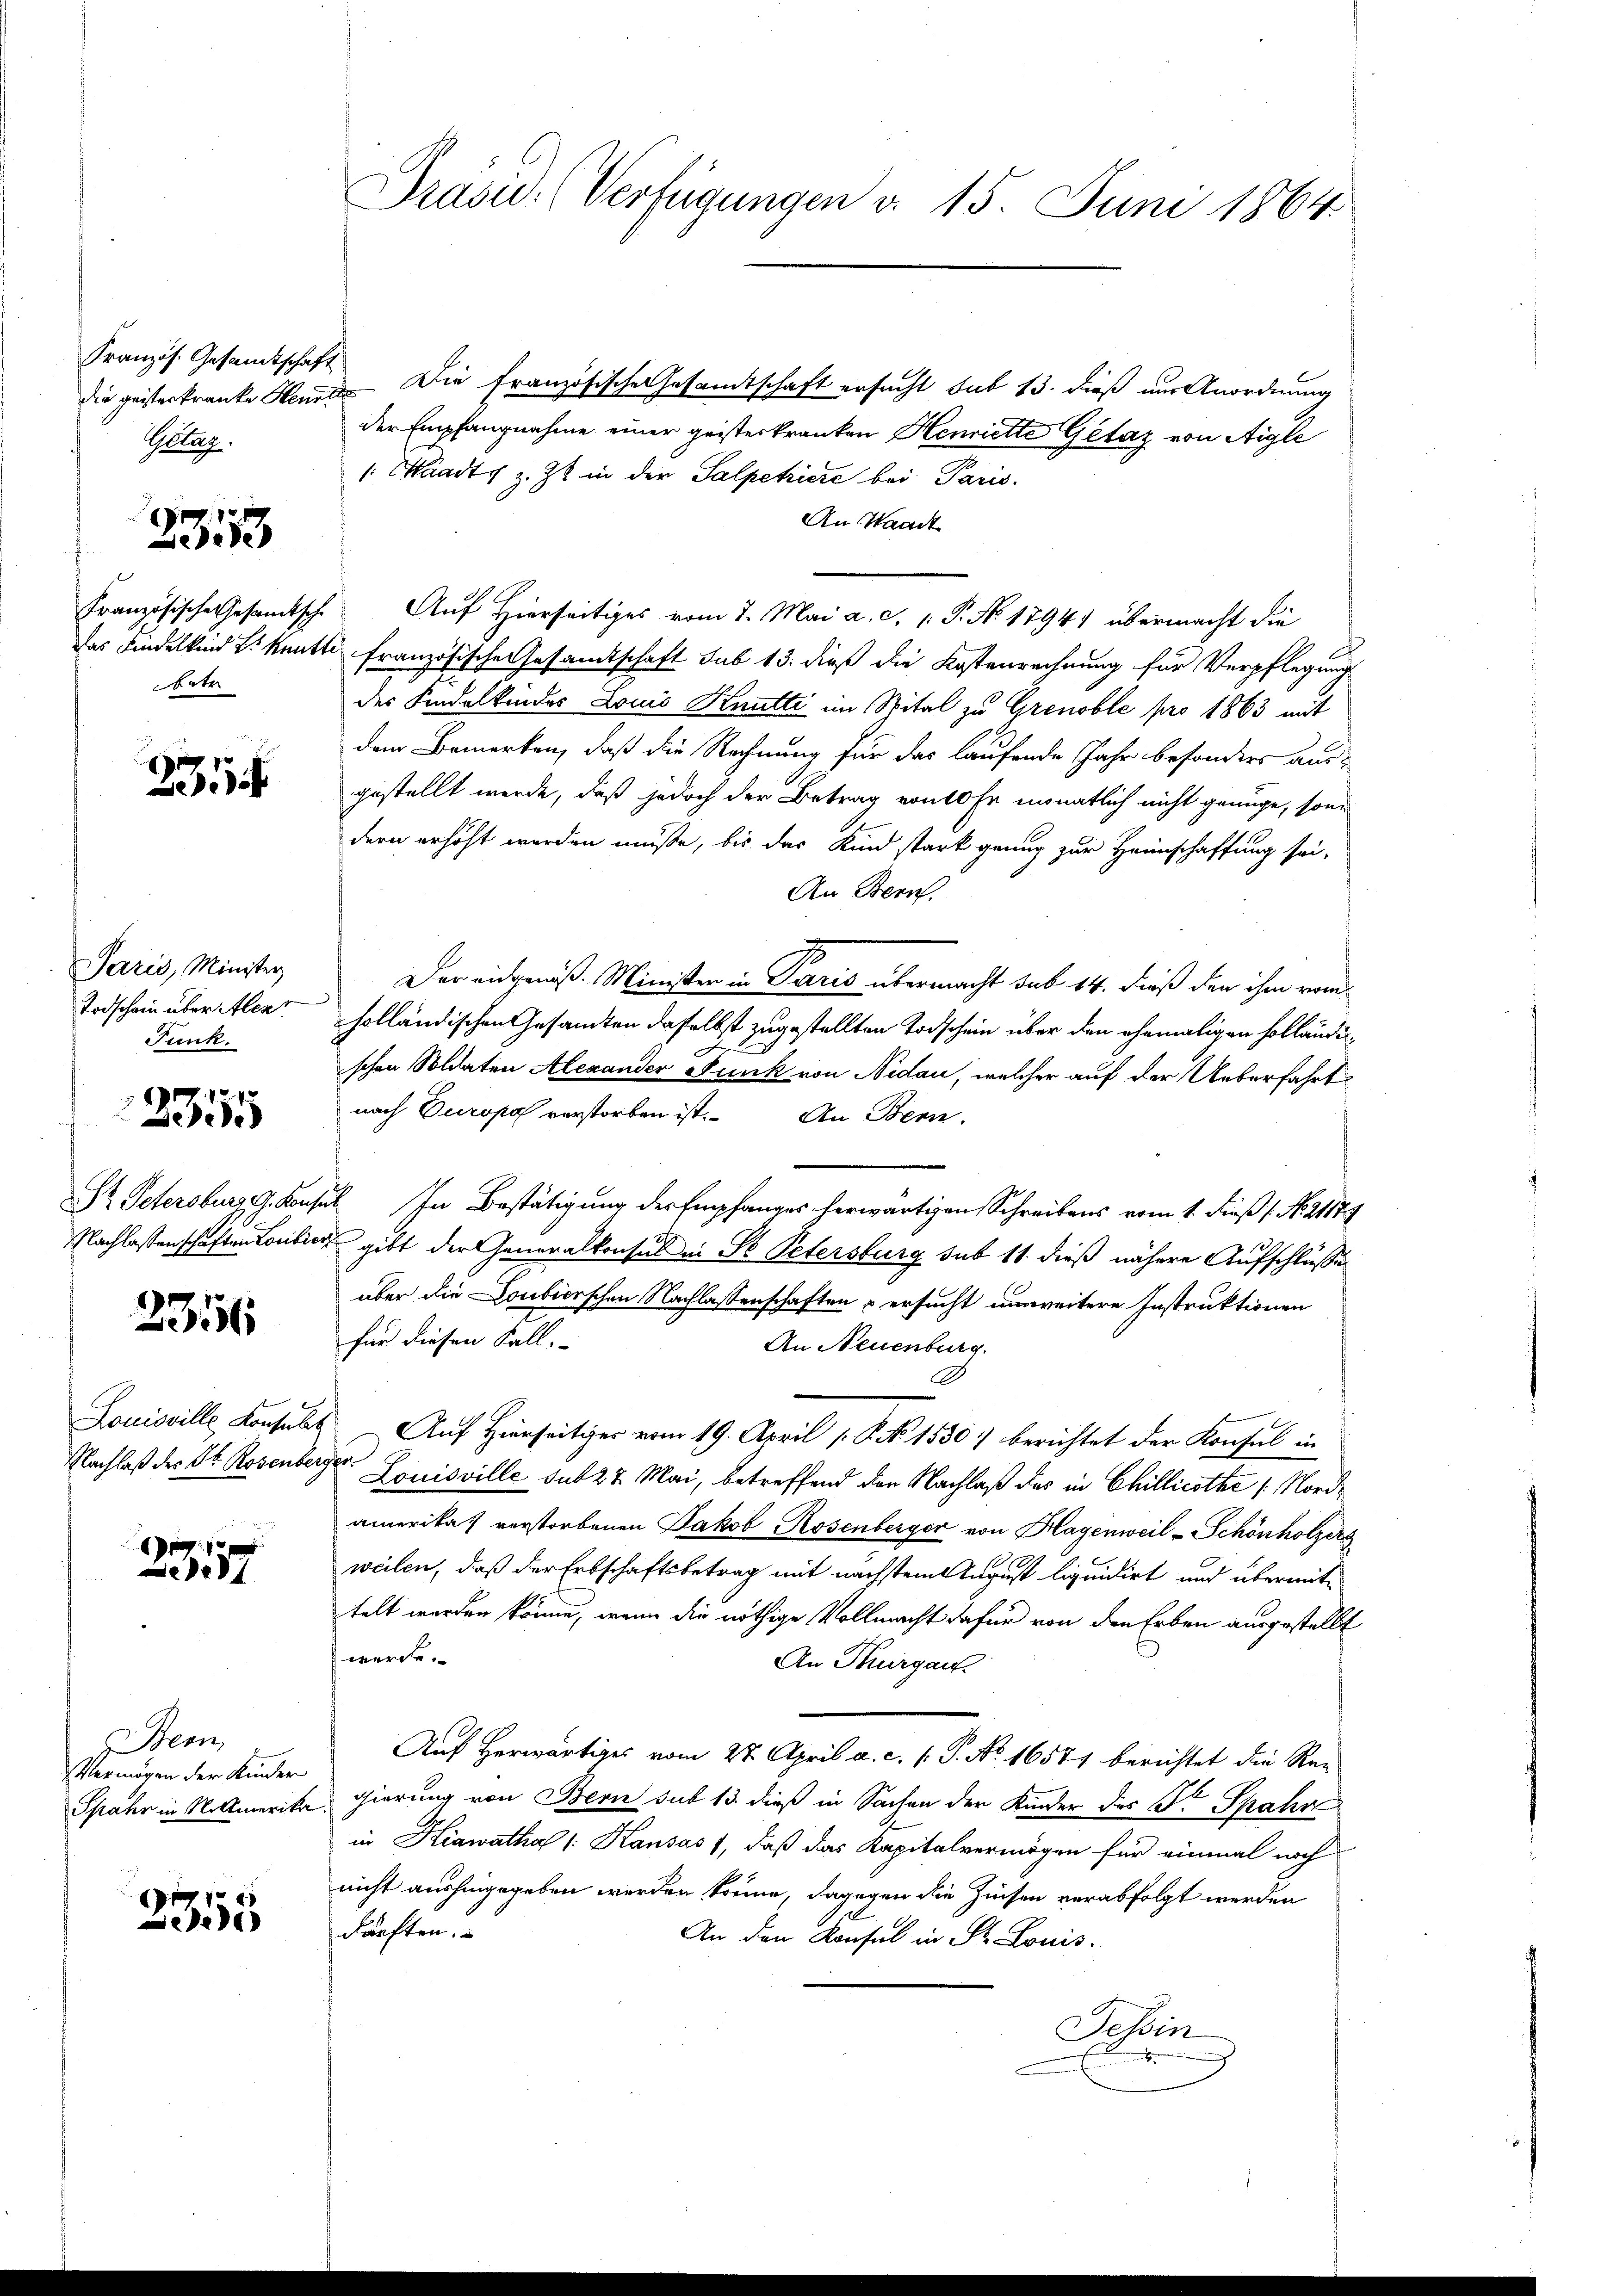
Kranzös. Gesamtschaft
Getag.

das Kindelkind u. kentte
betr

2353

235

Paris, Minister
Todschein über Alenr
Punk

2315

St. Petersburg, J. Kon,
Nachlassenschaften Loribie

2356

Louisville Konsult
Nachlaß der Dr. Rosenberg

2357

em
Vermögen der Kinder
Spahr in Mollmerika

2355

Präsid. (Verfügungen d. 15. Juni 1864.

die geisterkranke Heute. Die Französische Gesandtschaft ersucht sub 13. dieß nur Anordnung
der Empfangnahme einer geisterkranken Henriette Getaz von Aigle
 Waadt, z. Zt. in der Salpetriere bei Paris.
An Waadt
Französische Gesamtsche Auf Hierseitiges vom 7. Mai a. d. 1. P. No 17941 übermacht die
u französische Gesamtschaft sub 13. dieß die Kostenrechnung für Verpflegung
des Kindelkindes Louis Knutti im Spital zu Grenoble pro 1863 mit
dem Bemerken, daß die Rechnung für das laufende Jahr besonders aus-
gestellt werde, daß jedoch der Betrag von 10 fr monatlich nicht genüge, sonn
dern erhöht werden müße, bis das Kind stark genug zur Heimschaffung sei,
An Bern.
Der eidgenöß. Minister in Paris übermacht sub 14. dieß den ihm vom
holländischen Gesandten daselbst zugestellten Todschein über den ehemaligen Hollände
schen Soldaten Alexander Funk von Nidau, welcher auf der Ueberfahrt
nach Europa verstorben ist. An Bern.
 In Bestätigung der Empfanges herwärtigen Schreibens vom 1. dieß s. No. 21174
gibt der Generalkonsul in St. Petersburg sub 11 dieß nähere Aufschlüsse
über die Doubierschen Nachlassenschaften & ersucht unweitere Instruktionen
für diesen Fall.
An Neuenburg.
Auf Hierseitiger vom 19. April 1. P. Nr. 1550 berichtet der Konsul in
pf
Louisville sub 27. Mai, betreffend den Nachlaß des in Chillicothe /: Nordamerikas verstorbenen Jakob Rosenberger von Klagenweil - Schönholzers
weilen, daß der Erbschaftsbetrag mit nächstem August liquidirt und übermite
telt werden könne, wenn die nöthige Vollmacht dafür von den Erben ausgestellt
werde.
An Thurgau.
Auf herwärtiges vom 28. April a. c. P. P. No. 16571 berichtet die Ren
gierung von Bern sub 13. dieß in Sachen der Kinder des Fr. Spahr
in Hiawatha /:Kansass, daß das Kapitalvermögen für einmal noch
nicht aushingegeben werden könne, dagegen die Zinsen verabfolgt werden
därften.
An den Konsul in St. Louis
Tessin